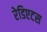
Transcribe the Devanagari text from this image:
रेडिएटस